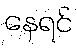
နေရင်